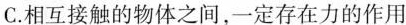
C.相互接触的物体之间，一定存在力的作用